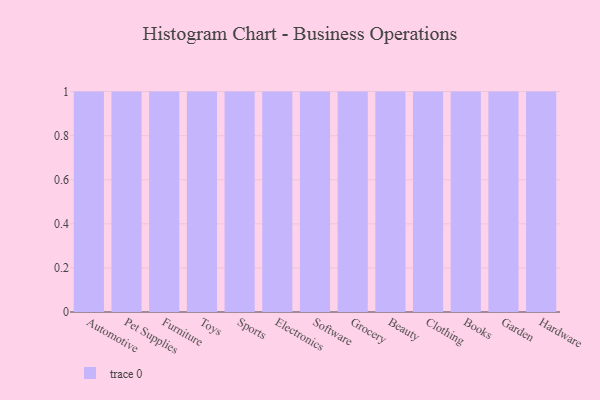
{"axis": {"x": "Category", "y": "LTV (USD)"}, "legend": [""], "data": [{"x": "Automotive", "y": 55, "type": ""}, {"x": "Pet Supplies", "y": 72, "type": ""}, {"x": "Furniture", "y": 70, "type": ""}, {"x": "Toys", "y": 56, "type": ""}, {"x": "Sports", "y": 30, "type": ""}, {"x": "Electronics", "y": 31, "type": ""}, {"x": "Software", "y": 14, "type": ""}, {"x": "Grocery", "y": 31, "type": ""}, {"x": "Beauty", "y": 12, "type": ""}, {"x": "Clothing", "y": 97, "type": ""}, {"x": "Books", "y": 2, "type": ""}, {"x": "Garden", "y": 50, "type": ""}, {"x": "Hardware", "y": 69, "type": ""}]}